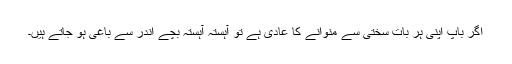
اگر باپ اپنی ہر بات سختی سے منوانے کا عادی ہے تو آہستہ آہستہ بچے اندر سے باغی ہو جاتے ہیں۔